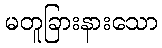
မတူခြားနားသော